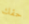
حقك